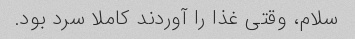
سلام، وقتی غذا را آوردند کاملا سرد بود.